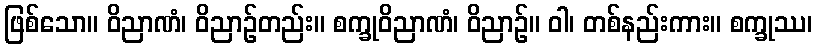
ဖြစ်သော။ ဝိညာဏံ၊ ဝိညာဉ်တည်း။ စက္ခုဝိညာဏံ၊ ဝိညာဉ်။ ဝါ၊ တစ်နည်းကား။ စက္ခုဿ၊